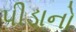
પીડાનો